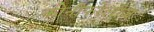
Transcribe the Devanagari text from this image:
कोनीफरेलीज